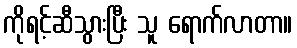
ကိုရင့်ဆီသွားပြီး သူ ရောက်လာတာ။